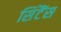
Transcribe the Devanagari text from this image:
सिंटैंस